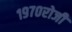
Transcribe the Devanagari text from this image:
१९७०रोजीे